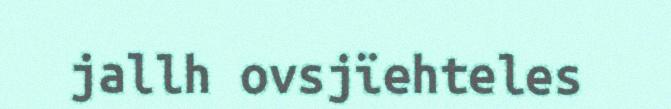
jallh ovsjïehteles